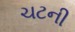
ચટની